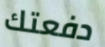
دفعتك